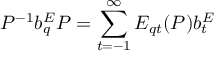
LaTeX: { \cal P } ^ { - 1 } b _ { q } ^ { E } { \cal P } = \sum _ { t = - 1 } ^ { \infty } E _ { q t } ( { \cal P } ) b _ { t } ^ { E }